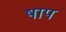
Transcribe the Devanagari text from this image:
षाप